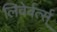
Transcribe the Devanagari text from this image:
लिवेर्वर्त्स्